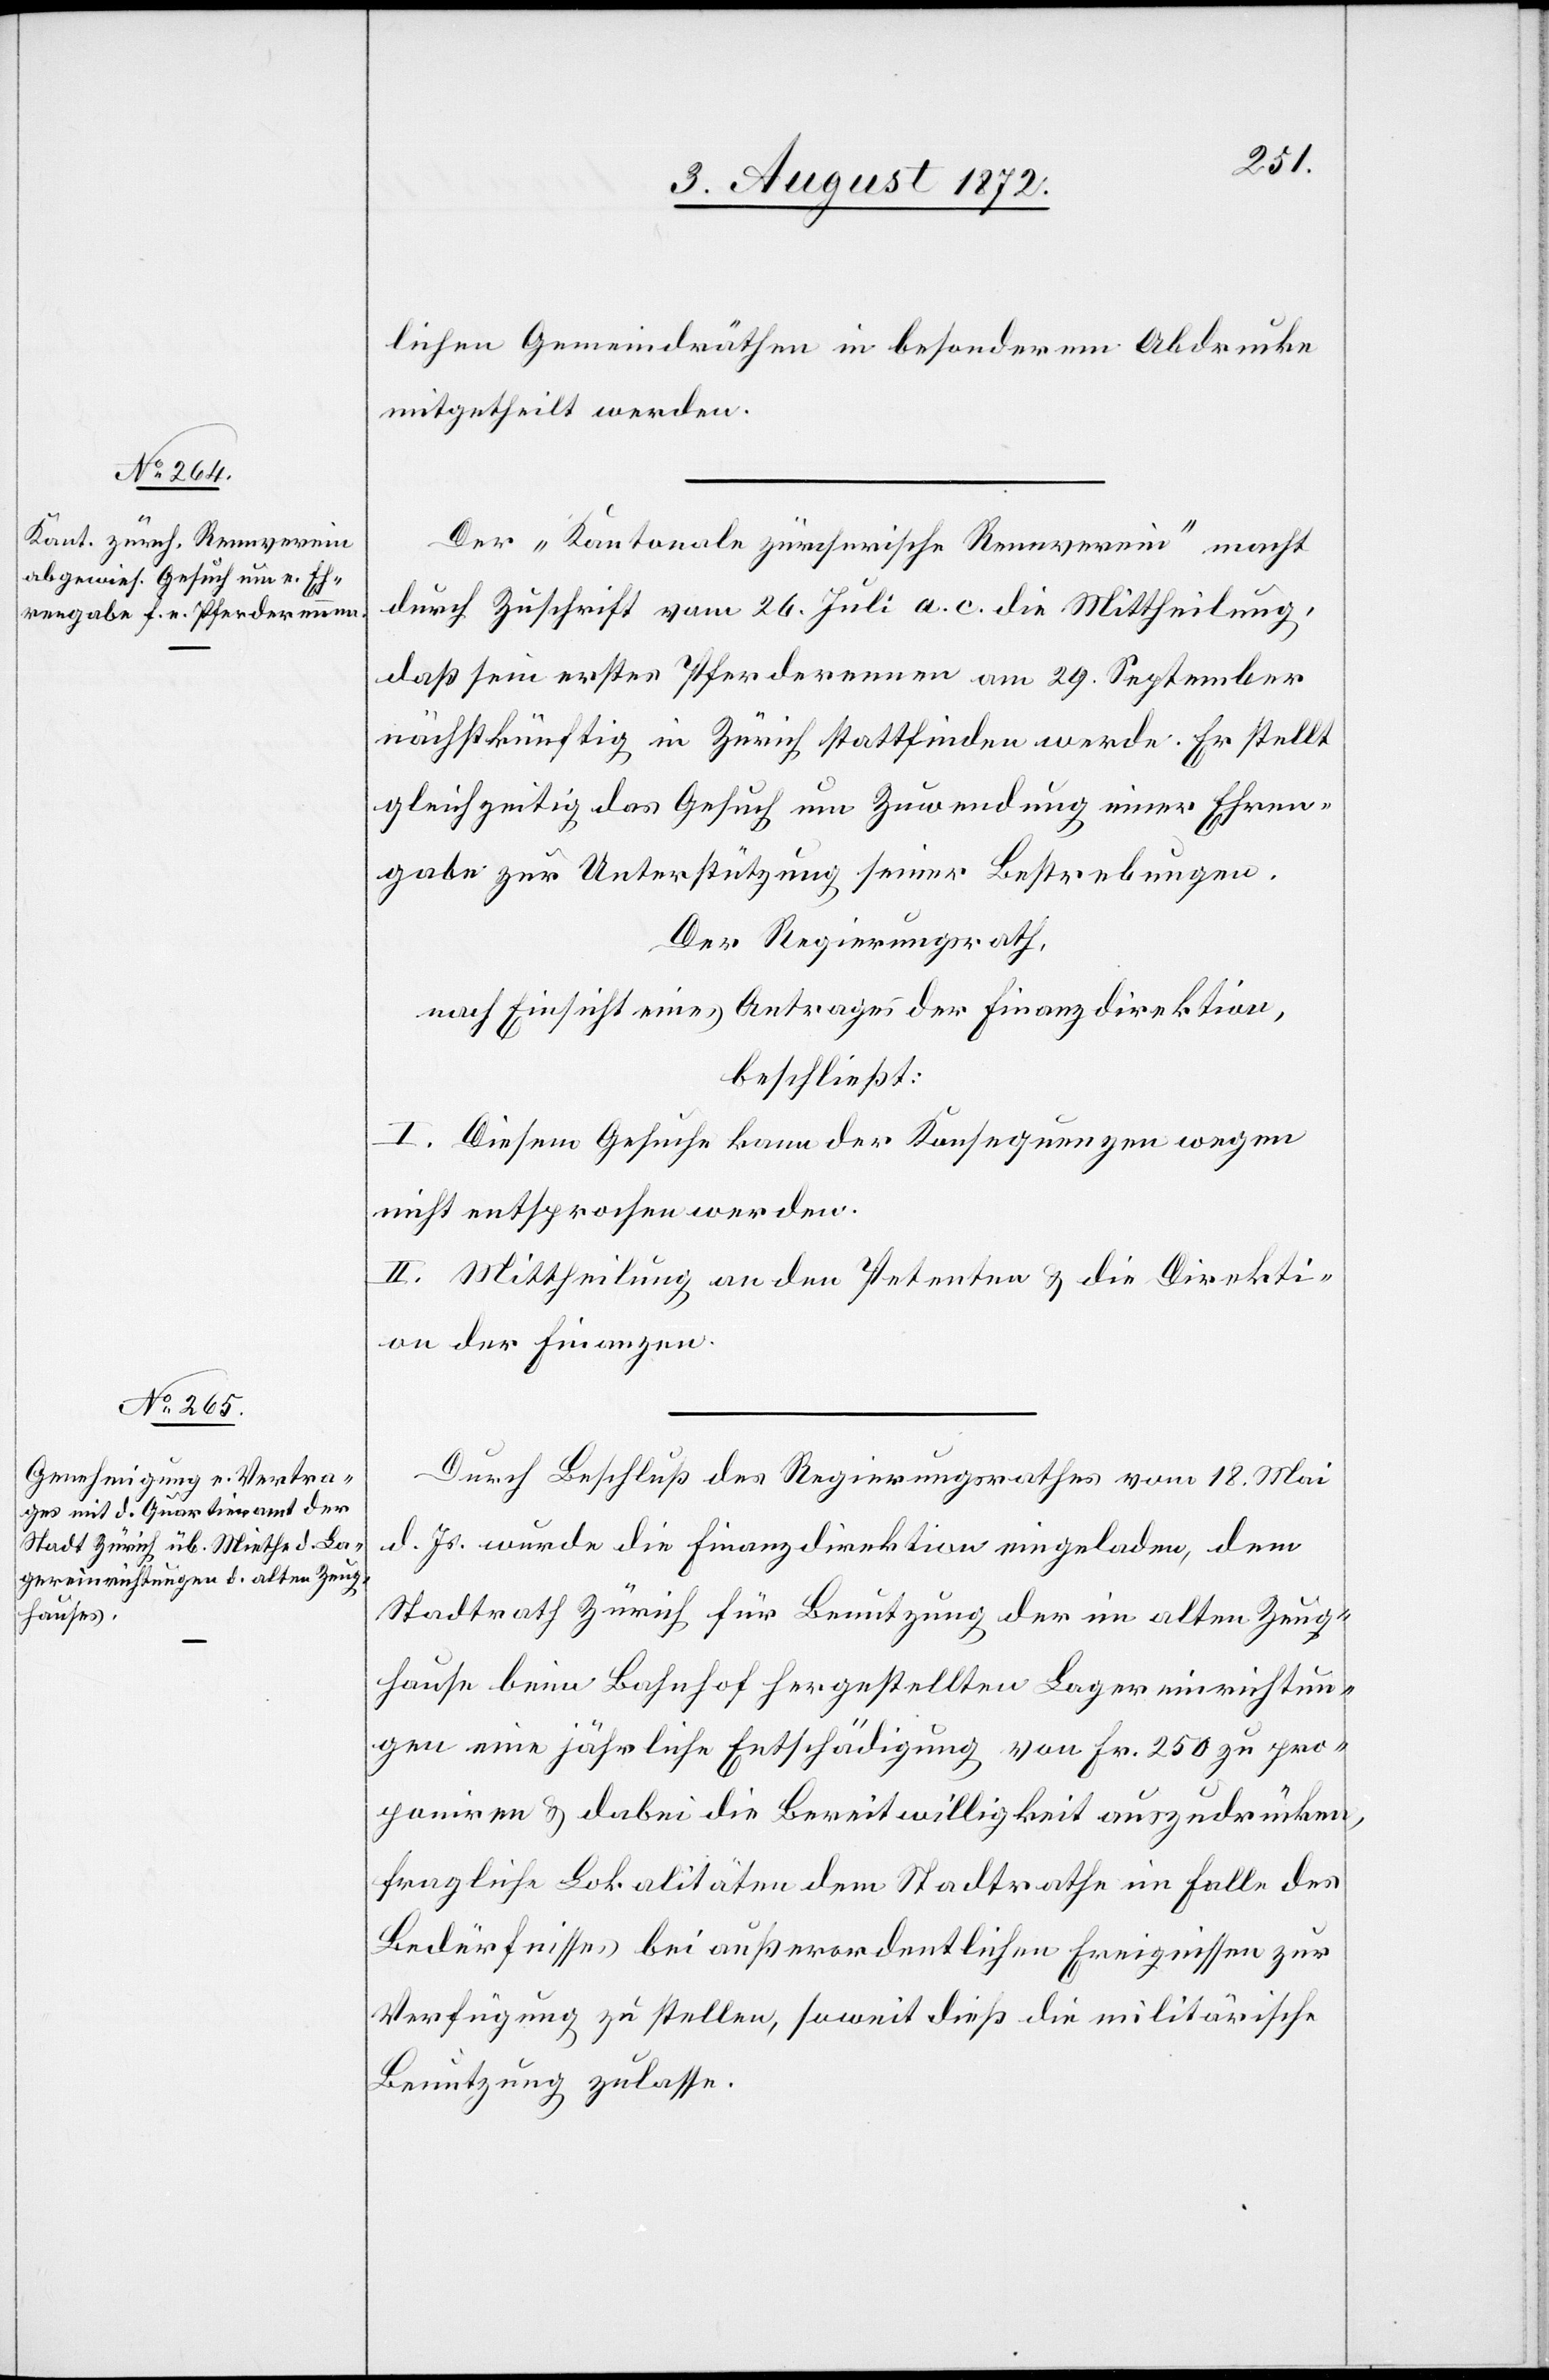
lichen Gemeindräthen in besonderem Abdrucke
mitgetheilt werden.
Der „Kantonale zürcherische Rennverein“ macht
durch Zuschrift vom 26. Juli a. c. die Mittheilung,
daß sein erstes Pferderennen am 29. September
nachstkünftig in Zürich stattfinden werde. Er stellt
gleichzeitig das Gesuch um Zuwendung einer Ehren¬
gabe zur Unterstützung seiner Bestrebungen.
Der Regierungsrath,
nach Einsicht eines Antrages der Finanzdirektion,
beschließt:
I. Diesem Gesuch kann der Konsequenzen wegen
nicht entsprochen werden.
II. Mittheilung an den Petenten u. die Direkti¬
on der Finanzen.
Durch Beschluß des Regierungsrathes vom 18. Mai
d. Js. wurde die Finanzdirektion eingeladen, dem
Stadtrath Zürich für Benutzung der im alten Zeug¬
hause beim Bahnhof hergestellten Lagereinrichtun¬
gen eine jährliche Entschädigung von Fr. 250 zu pro¬
poniren u. dabei die Bereitwilligkeit auszudrücken,
fragliche Lokalitäten dem Stadtrathe im Falle des
Bedürfnisses bei außerordentlichen Ereignissen zur
Verfügung zu stellen, soweit dieß die militärische
Benutzung zulasse.